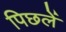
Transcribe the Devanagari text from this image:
पिछलें